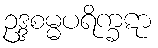
ဥဒ္ဒစမ္မပရိက္ခဋာ